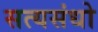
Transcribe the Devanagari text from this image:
सत्यसंधो